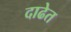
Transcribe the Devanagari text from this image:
दाढेत